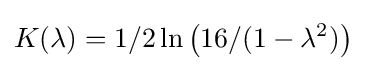
K(\lambda )=1/2\ln \left({16}/{(1-\lambda ^{2})}\right)